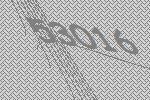
53016